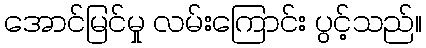
အောင်မြင်မှု လမ်းကြောင်း ပွင့်သည်။